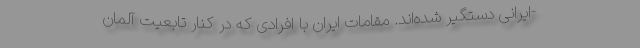
-ایرانی دستگیر شده‌اند. مقامات ایران با افرادی که در کنار تابعیت آلمان